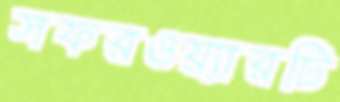
সফরওয়্যারটি